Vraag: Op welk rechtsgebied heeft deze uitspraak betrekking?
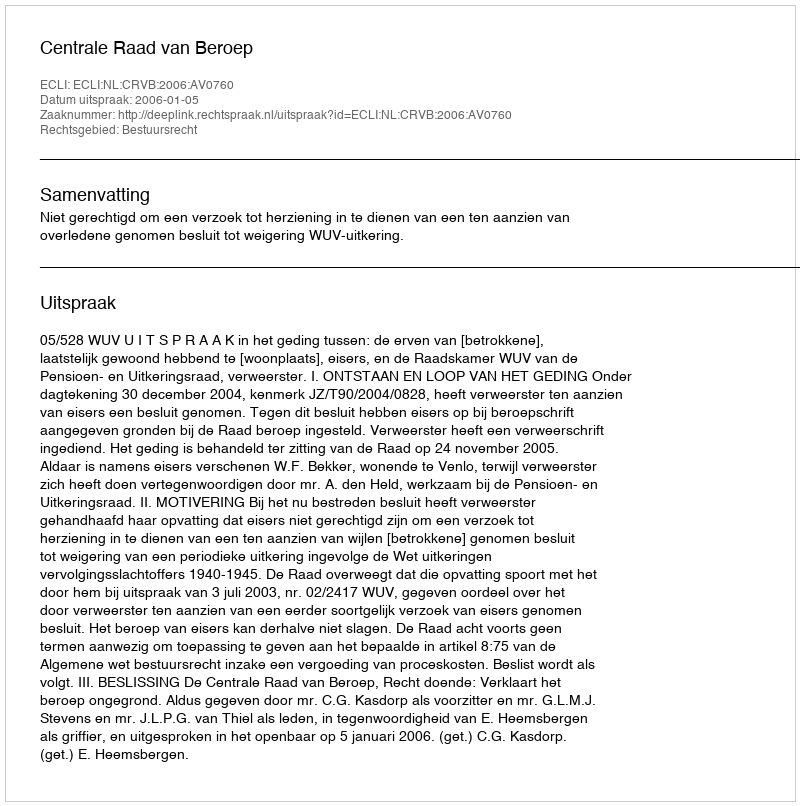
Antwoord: Bestuursrecht